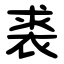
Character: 裘